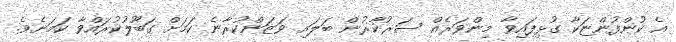
އެ ކުންފުންޏަކާ ގުޅިފައިވާ މިންވަރެއް ސަރުކާރުން ބަލައި ވަޒަންކުރާނެ ކަމަށް ގަބޫލުކުރައްވާ ކަމަށެވެ.